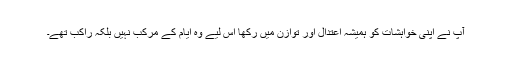
آپ نے اپنی خواہشات کو ہمیشہ اعتدال اور توازن میں رکھا اس لیے وہ ایام کے مرکب نہیں بلکہ راکب تھے۔